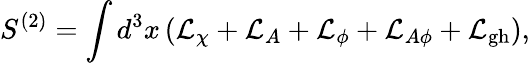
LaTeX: S^{(2)}=\int d^{3}x\left({\cal L}_{\chi}+{\cal L}_{A}+{\cal L}_{\phi}+{\cal L}_{A\phi}+{\cal L}_{\mathrm{gh}}\right),